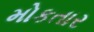
મોકતાર